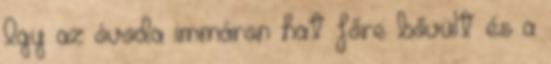
Így az óvoda immáron hat főre bővült és a